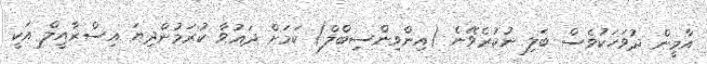
އާމީން ދުވަހަކުވެސް ބަލި ނުކުރެވޭނެ (އިންވިންސިބްލް) ކަމަށް ދަޢުވާ ކުރަމުންދިޔަ އިސްރާއީލް އަކީ